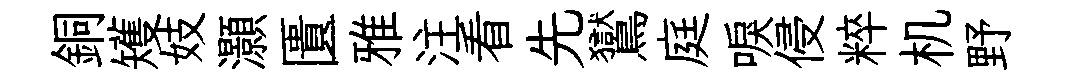
銅矱妓灝匱雅注看先鸑庭唳侵粹机野